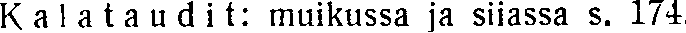
Kalataudit: muikussa ja siiassa s. 174.